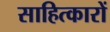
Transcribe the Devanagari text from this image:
साहित्कारों